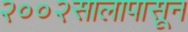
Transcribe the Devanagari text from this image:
२००२सालापासून